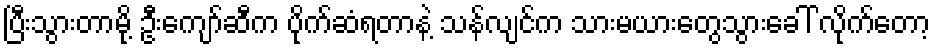
ပြီးသွားတာမို့ ဦးကျော်ဆီက ပိုက်ဆံရတာနဲ့ သန်လျင်က သားမယားတွေသွားခေါ် လိုက်တော့